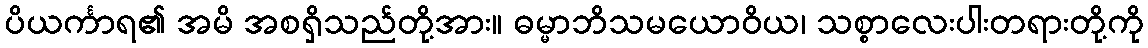
ပိယင်္ကာရ၏ အမိ အစရှိသည်တို့အား။ ဓမ္မာဘိသမယောဝိယ၊ သစ္စာလေးပါးတရားတို့ကို